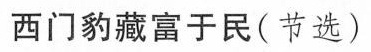
西门豹藏富于民(节选)